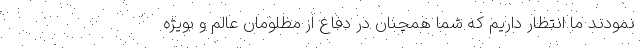
نمودند ما انتظار داریم که شما همچنان در دفاع از مظلومان عالم و بویژه